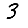
Digit: 3